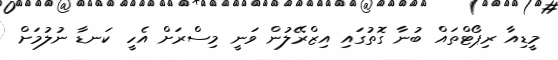
މީޑިއާ ރިޕޯޓްތައް ބުނާ ގޮތުގައި އިޒްރޭލުން ވަނީ މިސްރަށް އެހީ ކަނޑާ ނުލުމަށް